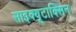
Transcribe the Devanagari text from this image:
साइक्यूटाक्सिन